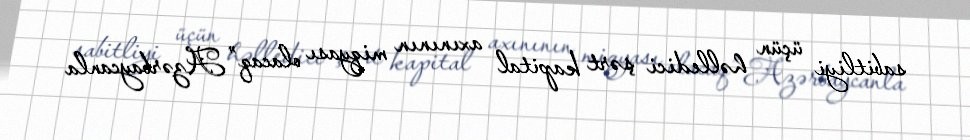
sabitliyi üçün həlledici şərt kapital axınının miqyası olacaq” Azərbaycanla